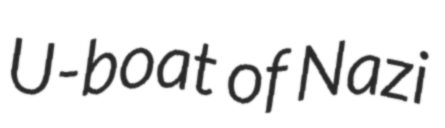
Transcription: U-boat of Nazi